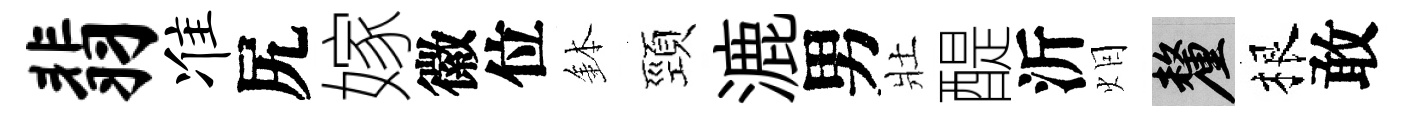
翡准尻嫁徽位鉢頸漉男壯醍沂𤇆厘根敢